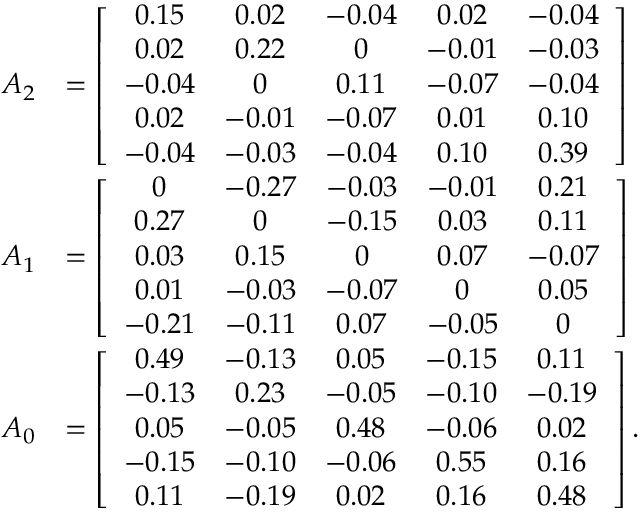
\begin{array} { r l } { A _ { 2 } } & { = \left[ \begin{array} { c c c c c } { 0 . 1 5 } & { 0 . 0 2 } & { - 0 . 0 4 } & { 0 . 0 2 } & { - 0 . 0 4 } \\ { 0 . 0 2 } & { 0 . 2 2 } & { 0 } & { - 0 . 0 1 } & { - 0 . 0 3 } \\ { - 0 . 0 4 } & { 0 } & { 0 . 1 1 } & { - 0 . 0 7 } & { - 0 . 0 4 } \\ { 0 . 0 2 } & { - 0 . 0 1 } & { - 0 . 0 7 } & { 0 . 0 1 } & { 0 . 1 0 } \\ { - 0 . 0 4 } & { - 0 . 0 3 } & { - 0 . 0 4 } & { 0 . 1 0 } & { 0 . 3 9 } \end{array} \right] } \\ { A _ { 1 } } & { = \left[ \begin{array} { c c c c c } { 0 } & { - 0 . 2 7 } & { - 0 . 0 3 } & { - 0 . 0 1 } & { 0 . 2 1 } \\ { 0 . 2 7 } & { 0 } & { - 0 . 1 5 } & { 0 . 0 3 } & { 0 . 1 1 } \\ { 0 . 0 3 } & { 0 . 1 5 } & { 0 } & { 0 . 0 7 } & { - 0 . 0 7 } \\ { 0 . 0 1 } & { - 0 . 0 3 } & { - 0 . 0 7 } & { 0 } & { 0 . 0 5 } \\ { - 0 . 2 1 } & { - 0 . 1 1 } & { 0 . 0 7 } & { - 0 . 0 5 } & { 0 } \end{array} \right] } \\ { A _ { 0 } } & { = \left[ \begin{array} { c c c c c } { 0 . 4 9 } & { - 0 . 1 3 } & { 0 . 0 5 } & { - 0 . 1 5 } & { 0 . 1 1 } \\ { - 0 . 1 3 } & { 0 . 2 3 } & { - 0 . 0 5 } & { - 0 . 1 0 } & { - 0 . 1 9 } \\ { 0 . 0 5 } & { - 0 . 0 5 } & { 0 . 4 8 } & { - 0 . 0 6 } & { 0 . 0 2 } \\ { - 0 . 1 5 } & { - 0 . 1 0 } & { - 0 . 0 6 } & { 0 . 5 5 } & { 0 . 1 6 } \\ { 0 . 1 1 } & { - 0 . 1 9 } & { 0 . 0 2 } & { 0 . 1 6 } & { 0 . 4 8 } \end{array} \right] . } \end{array}